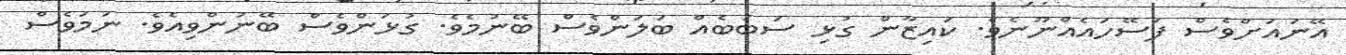
އޭނައަށްވެސް ފަސޭހައެއްނޫނެވެ. ކައިޒާން ގުޅި ސަބަބެއް ބަލަންވެސް ބޭނުމެވެ. ގުޅަންވެސް ބޭނުންވިއެވެ. ނަމަވެސް